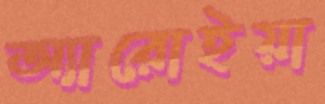
অ্যারোইয়া